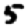
Digit: 5